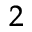
^ 2